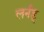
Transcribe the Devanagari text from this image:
लर्नड्